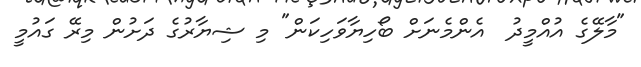
"މާލޭގެ އުއްމީދު  އެންމެނަށް ބޯހިޔާވަހިކަން" މި ޝިޔާރުގެ ދަށުން މިރޭ ގައުމީ